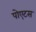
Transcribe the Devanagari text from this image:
पोएटस